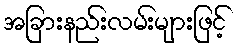
အခြားနည်းလမ်းများဖြင့်